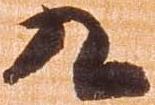
九